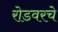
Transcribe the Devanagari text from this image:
रोडवरचे